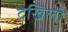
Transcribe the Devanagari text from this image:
देखिली